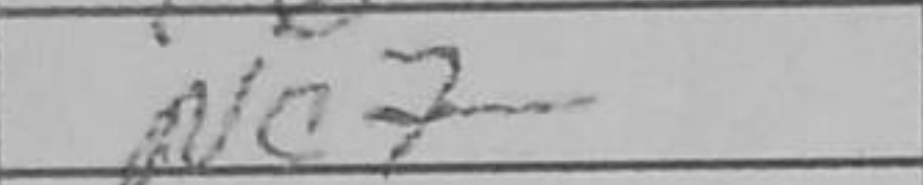
Transcription: Nc7